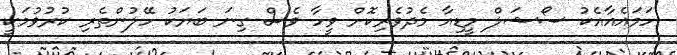
ހަމައެއާއެކު ސޯޝަލް މީޑިއާ މެދުވެރިކޮށް ވީހާ ވެސް ގިނަ ބަޔަކު ހޭލުންތެރި ކުރުވުމަކީ